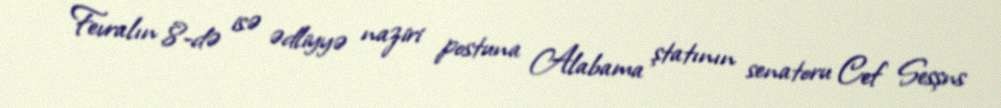
Fevralın 8-də isə ədliyyə naziri postuna Alabama ştatının senatoru Cef Sesşns